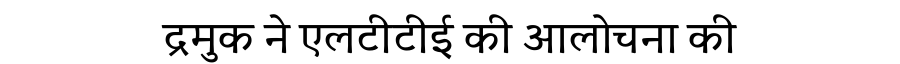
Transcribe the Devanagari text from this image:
द्रमुक ने एलटीटीई की आलोचना की